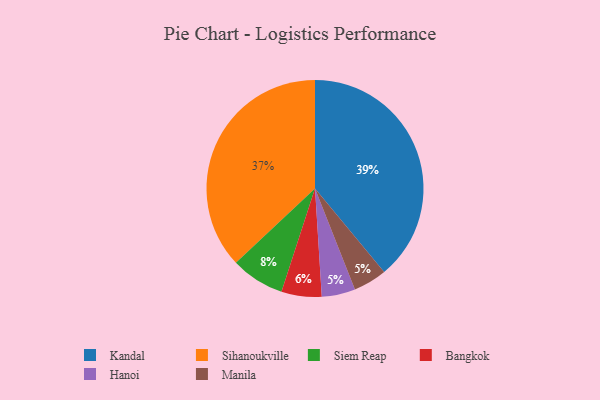
{"axis": {"x": "Category", "y": "Percentage"}, "legend": ["Bangkok", "Hanoi", "Kandal", "Manila", "Siem Reap", "Sihanoukville"], "data": [{"x": "Siem Reap", "y": 8, "type": "Siem Reap"}, {"x": "Bangkok", "y": 6, "type": "Bangkok"}, {"x": "Kandal", "y": 39, "type": "Kandal"}, {"x": "Hanoi", "y": 5, "type": "Hanoi"}, {"x": "Manila", "y": 5, "type": "Manila"}, {"x": "Sihanoukville", "y": 37, "type": "Sihanoukville"}]}